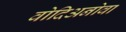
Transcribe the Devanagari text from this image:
वोदिअनोवा